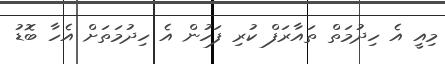
މިއީ އެ ހިދުމަތް ތައާރަފް ކުރި ފަހުން އެ ހިދުމަތަށް އެހާ ބޮޑު